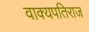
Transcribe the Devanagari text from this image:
वाक्यपतिराज